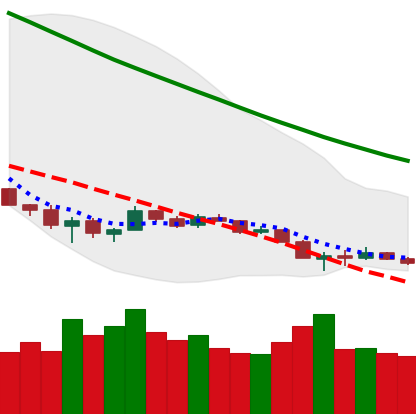
Ticker: ETH-USD
Chart end date: 2018-12-11
Forward return: -4.141%
Label: down_3_5